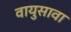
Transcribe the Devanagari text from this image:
वायुसावा